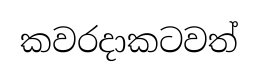
කවරදාකටවත්